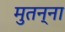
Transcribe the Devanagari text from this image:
मुतन्ना